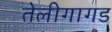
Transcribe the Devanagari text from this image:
तेलीगागड